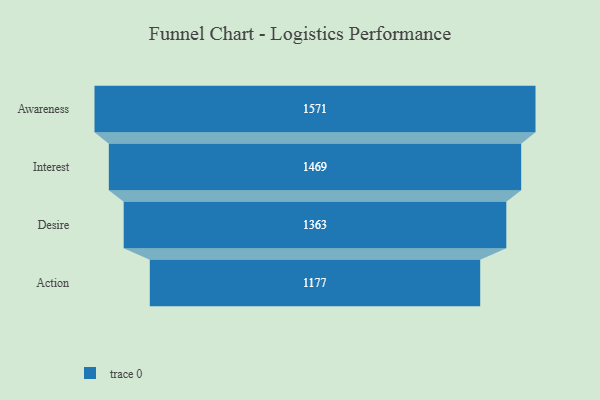
{"axis": {"x": "Stage", "y": "Value"}, "legend": [""], "data": [{"x": "Awareness", "y": 1571.0, "type": ""}, {"x": "Interest", "y": 1469.0, "type": ""}, {"x": "Desire", "y": 1363.0, "type": ""}, {"x": "Action", "y": 1177.0, "type": ""}]}